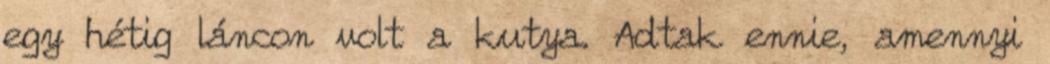
egy hétig láncon volt a kutya. Adtak ennie, amennyi